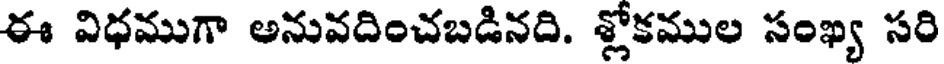
ఈ విధముగా అనువదించబడినది. శ్లోకముల సంఖ్య సరి